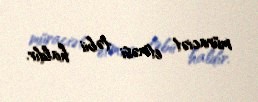
müraciət etməsi təbii haldır.